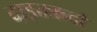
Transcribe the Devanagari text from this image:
दाइक्तान्दो